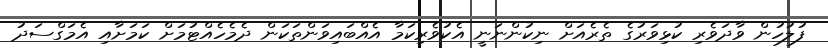
ފުލުހުން ވާދަވެރި ކުޅިވަރުގެ ތެރެއަށް ނިކުންނަނީ އެކުވެރިކަމާ އެއްބައިވަންތަކަން ދެމެހެއްޓުމަށް ކަމަށާއި އެމަގްސަދު